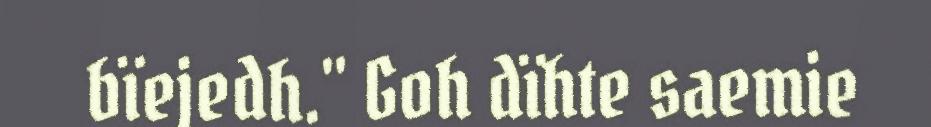
bïejedh." Goh dïhte saemie